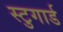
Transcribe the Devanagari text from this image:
स्टुगार्ड